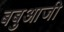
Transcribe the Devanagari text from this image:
बबुआजी